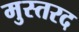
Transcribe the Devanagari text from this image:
मुस्तरद